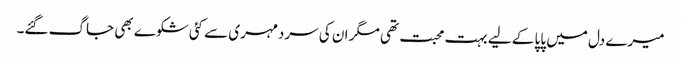
میرے دل میں پاپا کے لیے بہت محبت تھی مگر ان کی سردمہری سے کئی شکوے بھی جاگ گئے۔